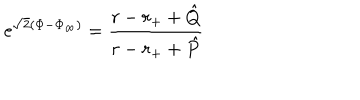
\mathrm { e } ^ { \sqrt { 2 } ( \Phi - \Phi _ { \infty } ) } = { \frac { r - r _ { + } + \hat { Q } } { r - r _ { + } + \hat { P } } }